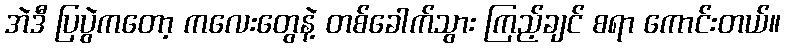
အဲဒီ ပြပွဲကတော့ ကလေးတွေနဲ့ တစ်ခေါက်သွား ကြည့်ချင် စရာ ကောင်းတယ်။